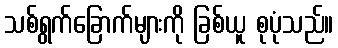
သစ်ရွက်ခြောက်များကို ခြစ်ယူ စုပုံသည်။